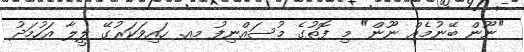
"ނޫން ބޭނުމެއް ނޫން" މި ފޮތުގެ މުސައްނިފު މއ. ހައިވަކަރުގޭ ލީލާ އަހުމަދު